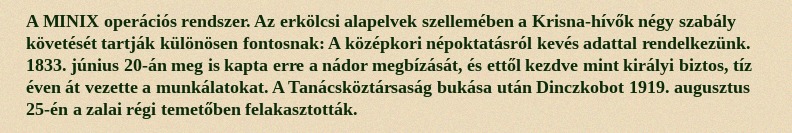
A MINIX operációs rendszer. Az erkölcsi alapelvek szellemében a Krisna-hívők négy szabály követését tartják különösen fontosnak: A középkori népoktatásról kevés adattal rendelkezünk. 1833. június 20-án meg is kapta erre a nádor megbízását, és ettől kezdve mint királyi biztos, tíz éven át vezette a munkálatokat. A Tanácsköztársaság bukása után Dinczkobot 1919. augusztus 25-én a zalai régi temetőben felakasztották.